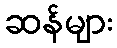
ဆန်များ